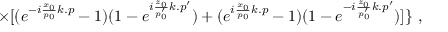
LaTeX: \times [ ( e ^ { - i \frac { x _ { 0 } } { p _ { 0 } } k . p } - 1 ) ( 1 - e ^ { i \frac { z _ { 0 } } { p _ { 0 } ^ { \prime } } k . p ^ { \prime } } ) + ( e ^ { i \frac { x _ { 0 } } { p _ { 0 } } k . p } - 1 ) ( 1 - e ^ { - i \frac { z _ { 0 } } { p _ { 0 } ^ { \prime } } k . p ^ { \prime } } ) ] \} \, \, ,